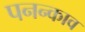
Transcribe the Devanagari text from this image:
पनन्काव